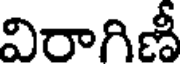
విరాగిణీ